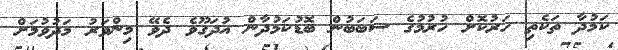
ކަމުދާ ތަކެތި ހަރުކޮށް ހުރުމުގެ ސަބަބުން ބޮޑުކަމުދާން އުދަގޫވެ ދެވޭ މިންވަރު މަދުވުމަށް